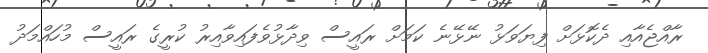
ރާއްޖެއާއި ދެކޮޅަށް ފިޔަވަޅު ނޭޅޭނެ ކަމަށް ރައީސް ވިދާޅުވެފައިވާއިރު ކުރީގެ ރައީސް މުހައްމަދު